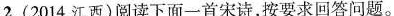
2.(2014江西)阅读下面一首宋诗，按要求回答问题。